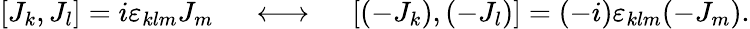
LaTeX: [J_{k},J_{l}]=i\varepsilon_{klm}J_{m}\ \ \ \ \ \longleftrightarrow\ \ \ \ \ [(-J_{k}),(-J_{l})]=(-i)\varepsilon_{klm}(-J_{m}).